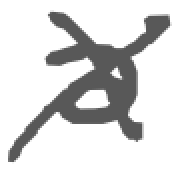
Text: a
Cross-out: cross
Writing tool: digital_gray